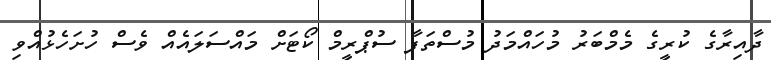
ދާއިރާގެ ކުރީގެ މެމްބަރު މުހައްމަދު މުސްތަފާ ސުޕްރީމް ކޯޓަށް މައްސަލައެއް ވެސް ހުށަހެޅުއްވި